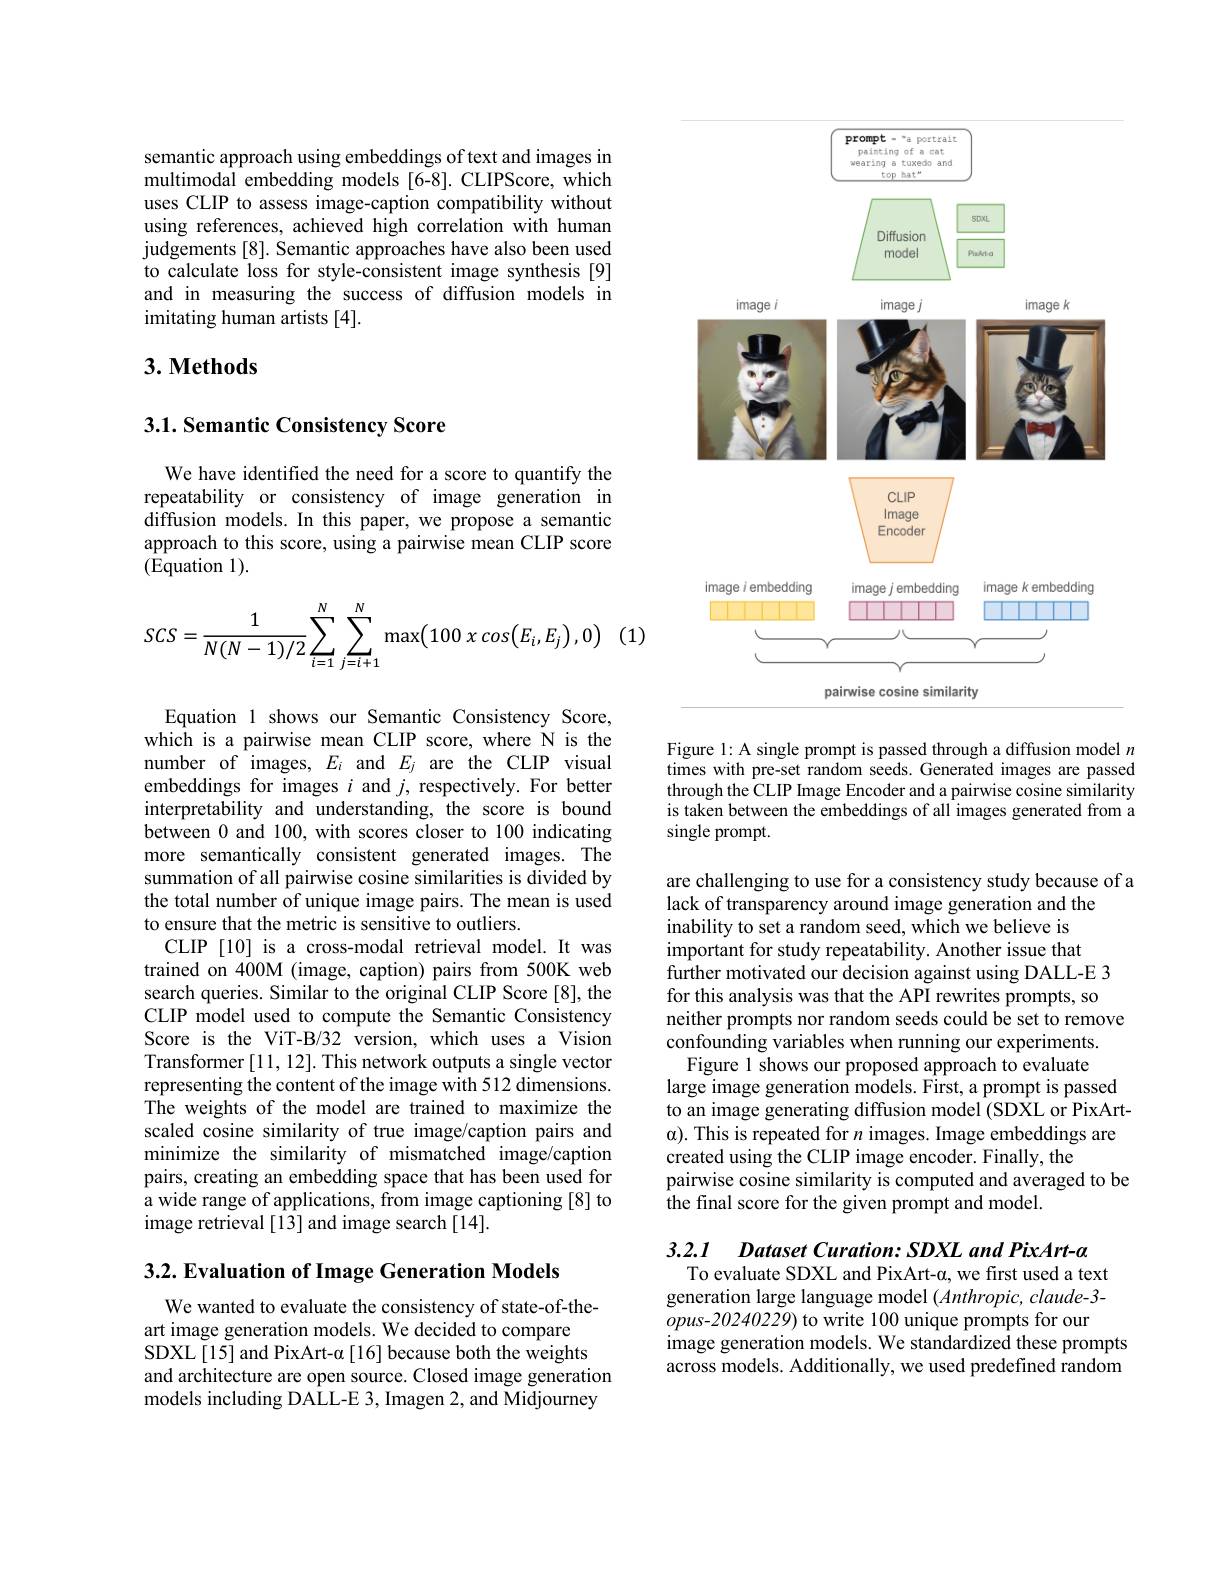
semantic approach using embeddings of text and images in multimodal embedding models [6-8]. CLIPScore, which uses CLIP to assess image-caption compatibility without using references, achieved high correlation with human judgements[8]. Semantic approaches have also been used to calculate loss for style-consistent image synthesis[9] and in measuring the success of diffusion models in imitating human artists [4].

## 3. Methods

### $3. 1. \textbf{Semantic Consistency Score}$

We have identified the need for a score to quantify the repeatability or consistency of image generation in $\hat{\text{diffusion models. In this paper, we propose a semantic}}$ approach to this score, using a pairwise mean CLIP score (Equation l).
$$SCS=\frac{1}{N(N-1)/2}\sum_{i=1}^{N}\sum_{j=i+1}^{N}\max\bigl(100\:x\:cos\bigl(E_{i},E_{j}\bigr),0\bigr)$$
Equation l shows our Semantic Consistency Score, which is a pairwise mean CLIP score, where N is the number of images, $E_i$ and $E_j$ are the CLIP visual embeddings for images $i$ and $j$, respectively. For better interpretability and understanding, the score is bound between 0 and 100, with scores closer to 100 indicating more semantically consistent generated images. The summation of all pairwise cosine similarities is divided by the total number of unique image pairs. The mean is used to ensure that the metric is sensitive to outliers.
CLIP [10] is a cross-modal retrieval model. It was trained on 400M (image, caption) pairs from 500K web search queries. Similar to the original CLIP Score[8], the CLIP model used to compute the Semantic Consistency Score is the ViT-B/32 version, which uses a Vision Transformer [11, 12]. This network outputs a single vector representing the content of the image with 512 dimensions. The weights of the model are trained to maximize the scaled cosine similarity of true image/caption pairs and minimize the similarity of mismatched image/caption pairs, creating an embedding space that has been used for a wide range of applications, from image captioning [8] to image retrieval[13] and image search[14].

3.2. Evaluation of Image Generation Models

We wanted to evaluate the consistency of state-of-the-
art image generation models. We decided to compare SDXL[15] and PixArt-$\alpha$[16] because both the weights and architecture are open source. Closed image generation models including DALL-E 3, Imagen 2, and Midjourney

<FigureHere>

Figure l: A single prompt is passed through a diffusion model $n$ times with pre-set random seeds. Generated images are passed through the CLIP Image Encoder and a pairwise cosine similarity is taken between the embeddings of all images generated from a single prompt.

are challenging to use for a consistency study because of a
lack of transparency around image generation and the
inability to set a random seed, which we believe is important for study repeatability. Another issue that further motivated our decision against using DALL-E 3 for this analysis was that the API rewrites prompts, so neither prompts nor random seeds could be set to remove
confounding variables when running our experiments. Figure l shows our proposed approach to evaluate
large image generation models. First, a prompt is passed to an image generating diffusion model (SDXL or PixArt- $\alpha).$ This is repeated for $n$ images. Image embeddings are created using the CLIP image encoder. Finally, the
pairwise cosine similarity is computed and averaged to be
the final score for the given prompt and model.

3.2.1 Dataset Curation: SDXL and PixArt-a

To evaluate SDXL and PixArt-α, we first used a text generation large language model $(Anthropic,claude-3-$ $opus-20240229)$ to write 100 unique prompts for our image generation models. We standardized these prompts across models. Additionally, we used predefined random